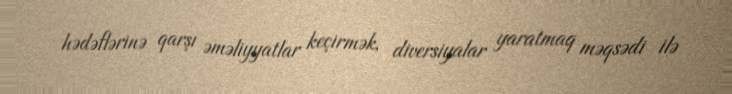
hədəflərinə qarşı əməliyyatlar keçirmək, diversiyalar yaratmaq məqsədi ilə